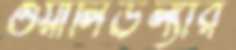
ওয়ালিউল্যার